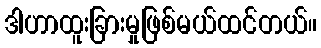
ဒါဟာထူးခြားမှုဖြစ်မယ်ထင်တယ်။